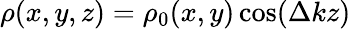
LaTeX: \rho(x,y,z)=\rho_{0}(x,y)\cos(\Delta kz)